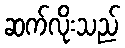
ဆက်လိုးသည်